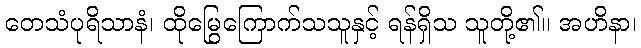
တေသံပုရိသာနံ၊ ထိုမြွေကြောက်သသူနှင့် ရန်ရှိသ သူတို့၏။ အဟိနာ၊